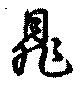
晁